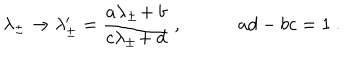
LaTeX: \lambda _ { \pm } \rightarrow \lambda _ { \pm } ^ { \prime } = { \frac { a \lambda _ { \pm } \! + b } { c \lambda _ { \pm } \! + d } } \ , a d - b c = 1 \ .